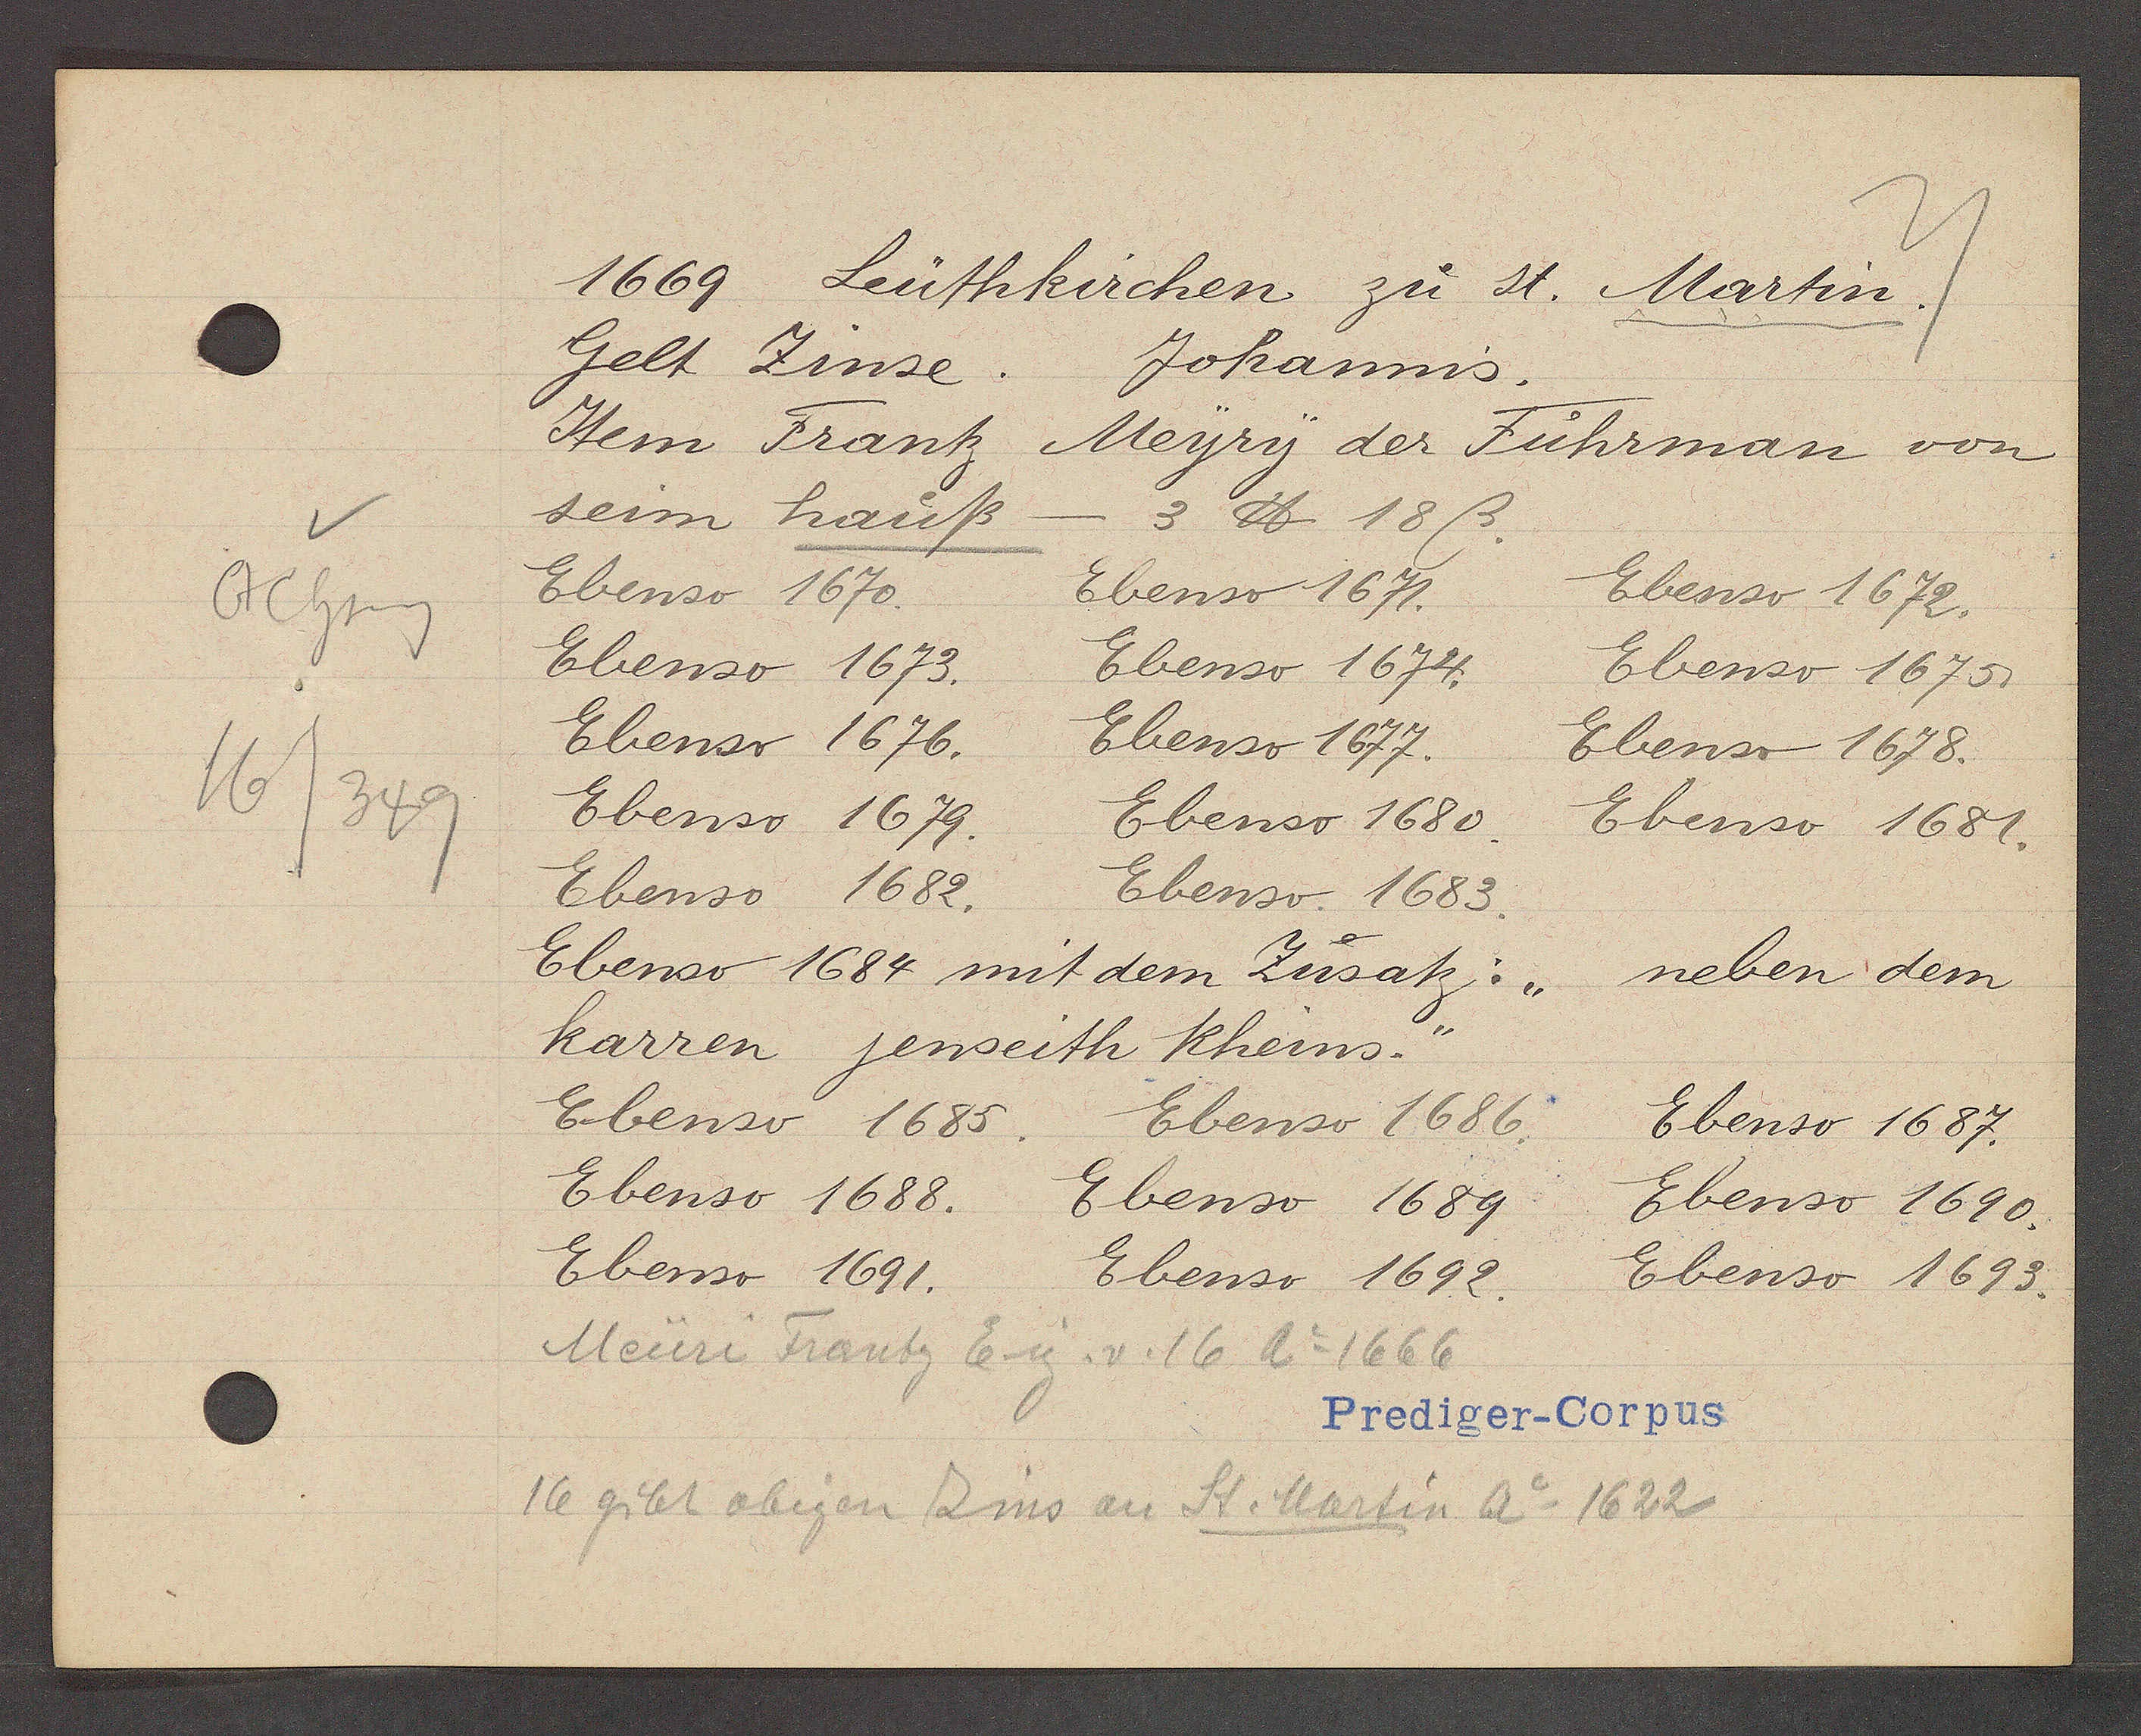
Transcript:
Ochseng
16/349

Leüthkirchen zu st. Martin.
1669

Gelt Zinse.
Johannis.
Item Frantz
Meyry der Führman von
seim hauß
3 ℔ 18ß.
Ebenso 1670.
Ebenso 1671.
Ebenso 1672.
Ebenso 1673.
Ebenso 1674.
Ebenso 1675.
Ebenso 1676.
Ebenso 1677.
Ebenso 1678.
Ebenso 1679.
Ebenso 1680.
Ebenso 1681.
Ebenso 1682.
Ebenso 1683.
Ebenso 1684 mit dem Zusatz: "
neben dem
karren jenseith Rheins."
Ebenso 1685.
Ebenso 1686.
Ebenso 1687.
Ebenso 1688. Ebenso 1689.
Ebenso 1690.
Ebenso 1691.
Ebenso 1692.
Ebenso 1693.

Meüri Frantz Eig. v. 16 Ao 1666
16 gibt obigen Zins an St. Martin Ao 1622

Prediger-Corpus